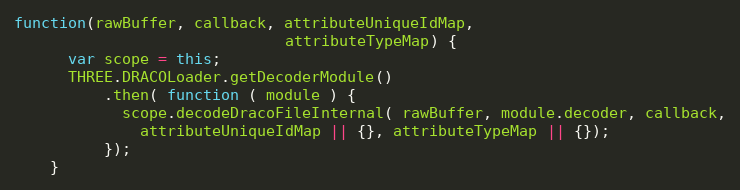
Language: JavaScript
function(rawBuffer, callback, attributeUniqueIdMap,
                              attributeTypeMap) {
      var scope = this;
      THREE.DRACOLoader.getDecoderModule()
          .then( function ( module ) {
            scope.decodeDracoFileInternal( rawBuffer, module.decoder, callback,
              attributeUniqueIdMap || {}, attributeTypeMap || {});
          });
    }